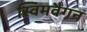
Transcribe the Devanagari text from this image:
स्विमवैगन